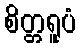
စိတ္တရူပံ